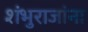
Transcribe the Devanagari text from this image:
शंभुराजांना